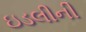
ઇડલીની